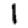
Digit: 1